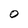
Character: 0